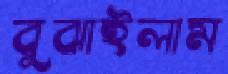
বুঝাইলাম